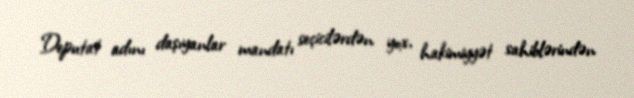
Deputat adını daşıyanlar mandatı seçicilərdən yox, hakimiyyət sahiblərindən